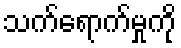
သက်ရောက်မှုကို